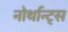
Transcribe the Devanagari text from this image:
नोर्थान्ट्स